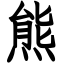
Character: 熊